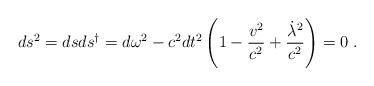
LaTeX: \begin{align*} ds^2 = ds ds^\dag = d\omega^2 - c^2 dt^2 \left(1 - \frac{v^2}{c^2} + \frac{\dot\lambda^2}{c^2}\right)= 0~.\end{align*}